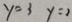
y = 3 y = 2